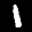
Label: 1